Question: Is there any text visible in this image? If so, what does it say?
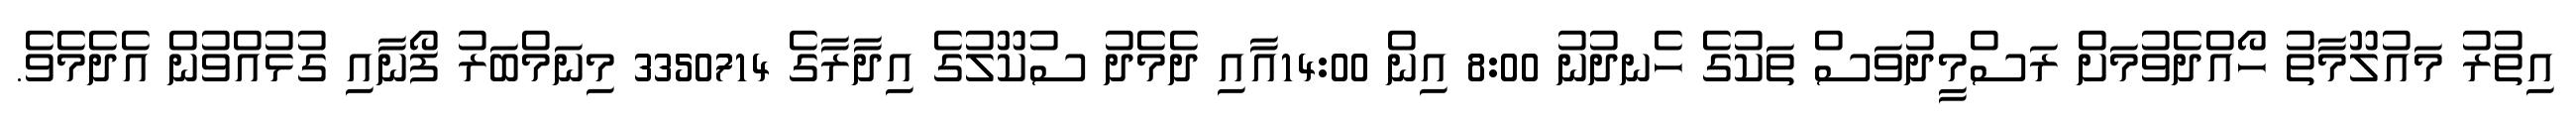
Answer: އިތުރު މައުލޫމާތު ހޯއްދެވުމަށް ރަސްމީދުވަސް ތަކުގެ ހެނދުނު 8:00 އިން 14:00އާއި ދެމެދު ސުކޫލުގެ އިދާރާގެ 3350714 މިނަމްބަރު ފޯނާއި ގުޅުއްވުން އެދެމެވެ.